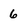
Character: 6